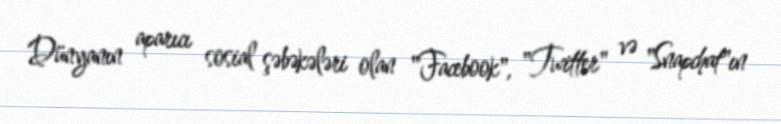
Dünyanın aparıcı sosial şəbəkələri olan "Facebook", "Twitter" və "Snapchat"ın